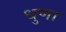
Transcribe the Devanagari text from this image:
धुणा